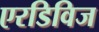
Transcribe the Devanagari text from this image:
एरडिविज